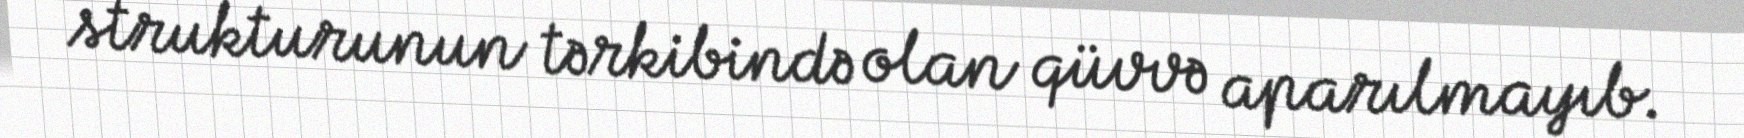
strukturunun tərkibində olan qüvvə aparılmayıb.